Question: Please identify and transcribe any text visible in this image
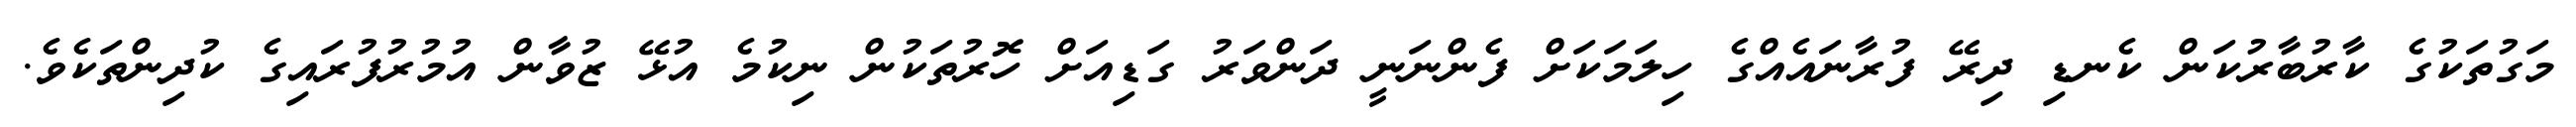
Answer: މަގުތަކުގެ ކާރުބާރުކަން ކެނޑި ދިރޭ ފުރާނައެއްގެ ހިލަމަކަށް ފެންނަނީ ދަންވަރު ގަޑިއަށް ހޮރުތަކުން ނިކުމެ އުޅޭ ޒުވާން އުމުރުފުރައިގެ ކުދިންތަކެވެ.